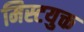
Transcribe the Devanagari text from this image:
मिस्टयुक्त